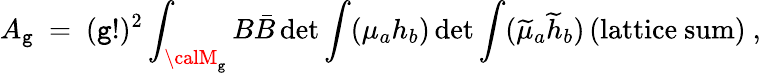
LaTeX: A_{\mathtt{g}}~=~(\mathtt{g}!)^{2}\int_{{\calM}_{\mathtt{g}}}B\bar{{B}}\operatorname*{det}{\int({\mu_{a}}h_{b}})\operatorname*{det}{\int(\widetilde{{\mu}}_{a}\widetilde{{h}}_{b})}\, (\mathrm{{{lattice~sum}}})~,